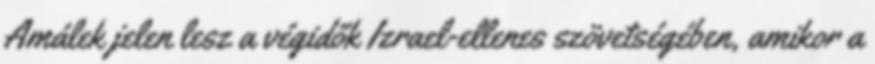
Amálek jelen lesz a végidők Izrael-ellenes szövetségében, amikor a